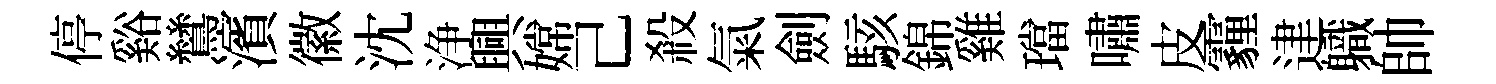
停谿鷥濱徽沈浄興嫦己殺氣劍駭錦雞璫嘯皮霾䢖軄帥